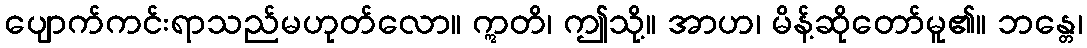
ပျောက်ကင်းရာသည်မဟုတ်လော။ ဣတိ၊ ဤသို့။ အာဟ၊ မိန့်ဆိုတော်မူ၏။ ဘန္တေ၊